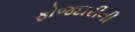
ફોજદારીની